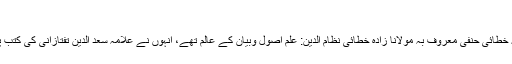
[13]
عثمان بن عبد اللہ خطائی حنفی معروف بہ مولانا زادہ خطائی نظام الدین: علم اُصول وبیان کے عالم تھے، اِنہوں نے علامہ سعد الدین تفتازانی کی کتب پر حواشی لکھے۔